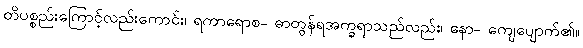
တိပစ္စည်းကြောင့်လည်းကောင်း၊ ရကာရောစ- ဓာတွန်ရအက္ခရာသည်လည်း၊ နော- ကျေပျောက်၏။